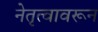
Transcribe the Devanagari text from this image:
नेतृत्वावरून